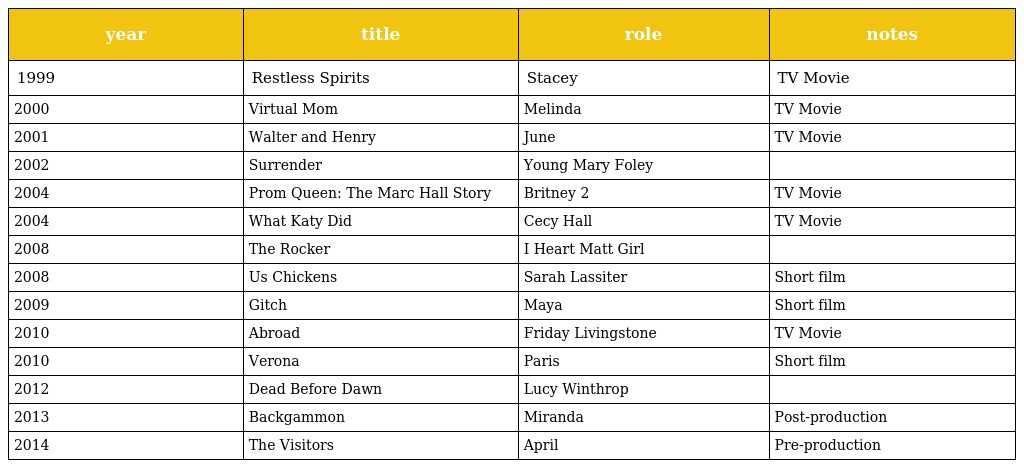
| year | title | role | notes |
 | --- | --- | --- | --- |
 | 1999 | Restless Spirits | Stacey | TV Movie |
 | 2000 | Virtual Mom | Melinda | TV Movie |
 | 2001 | Walter and Henry | June | TV Movie |
 | 2002 | Surrender | Young Mary Foley |  |
 | 2004 | Prom Queen: The Marc Hall Story | Britney 2 | TV Movie |
 | 2004 | What Katy Did | Cecy Hall | TV Movie |
 | 2008 | The Rocker | I Heart Matt Girl |  |
 | 2008 | Us Chickens | Sarah Lassiter | Short film |
 | 2009 | Gitch | Maya | Short film |
 | 2010 | Abroad | Friday Livingstone | TV Movie |
 | 2010 | Verona | Paris | Short film |
 | 2012 | Dead Before Dawn | Lucy Winthrop |  |
 | 2013 | Backgammon | Miranda | Post-production |
 | 2014 | The Visitors | April | Pre-production |